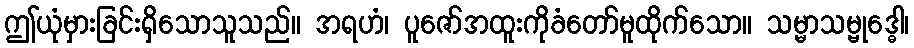
ဤယုံမှားခြင်းရှိသောသူသည်။ အရဟံ၊ ပူဇော်အထူးကိုခံတော်မူထိုက်သော။ သမ္မာသမ္ဗုဒ္ဓေါ၊